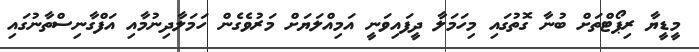
މީޑީޔާ ރިޕޯޓްތަށް ބުނާ ގޮތުގައި މިހަމަލާ ދީފައިވަނީ އަމިއްލަޔަށް މަރުވެގެން ހަމަލާދިނުމާއި އަފްގާނިސްތާނުގައި